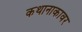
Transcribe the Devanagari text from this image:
कथानाकावर